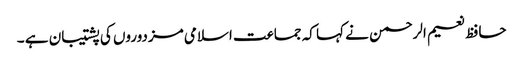
حافظ نعیم الرحمن نے کہا کہ جماعت اسلامی مزدوروں کی پشتیبان ہے ۔